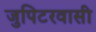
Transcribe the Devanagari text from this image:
जुपिटरवासी